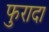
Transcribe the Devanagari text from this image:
फुरादा